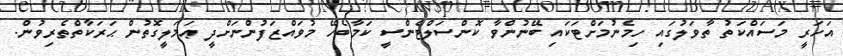
އަހަރީ މަސައްކަތު ތާވަލުގައި ހިމެނުމަށްޓަކައި ބޭނުންވާ ކޮންސަލްޓެންސީ ކަމާބެހޭ މުވައްޒަފުންނަށްދީ ޢަމަލީގޮތުން ޙަރަކާތްތެރިވުން.